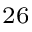
^ { 2 6 }